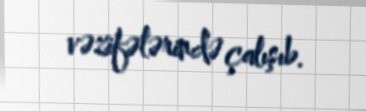
vəzifələrində çalışıb.